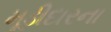
મૂડીદારના